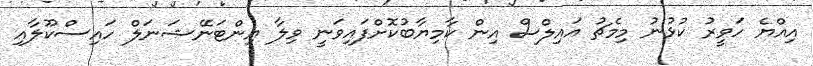
އިއްޔެ ހަވީރު ކުޅުނު މިމެޗު އައިލްސް އިން ކާމިޔާބުކޮށްފައިވަނީ ވިލާ އިންޓަނޭޝަނަލް ހައިސްކޫލާއި